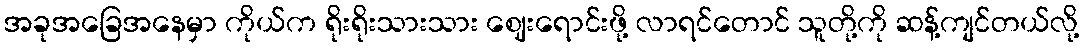
အခုအခြေအနေမှာ ကိုယ်က ရိုးရိုးသားသား ဈေးရောင်းဖို့ လာရင်တောင် သူတို့ကို ဆန့်ကျင်တယ်လို့